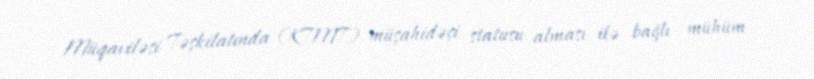
Müqaviləsi Təşkilatında (KTMT) müşahidəçi statusu alması ilə bağlı mühüm